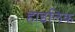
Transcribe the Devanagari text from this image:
हाइलिक